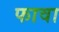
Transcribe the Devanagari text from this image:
फावा